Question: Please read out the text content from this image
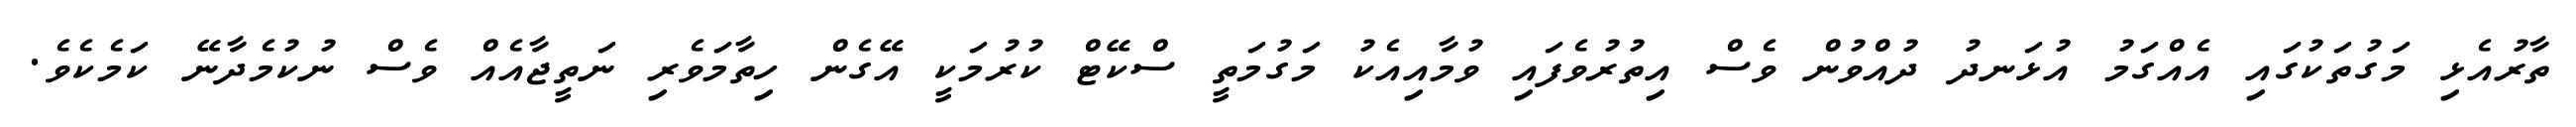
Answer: ތާރުއެޅި މަގުތަކުގައި އެއްގަމު އުޅަނދު ދުއްވުން ވެސް އިތުރުވެފައި ވުމާއިއެކު މަގުމަތީ ސްކޭޓް ކުރުމަކީ އޭގެން ހިތާމަވެރި ނަތީޖާއެއް ވެސް ނުކުމެދާނޭ ކަމެކެވެ.